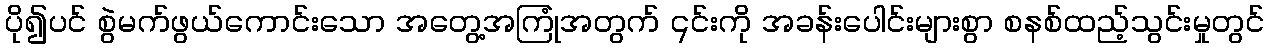
ပို၍ပင် စွဲမက်ဖွယ်ကောင်းသော အတွေ့အကြုံအတွက် ၎င်းကို အခန်းပေါင်းများစွာ စနစ်ထည့်သွင်းမှုတွင်